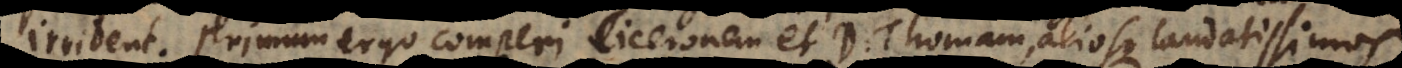
ident. Primum ergo comperi Ciceronem et D. Thomam, aliosque laudatissimos